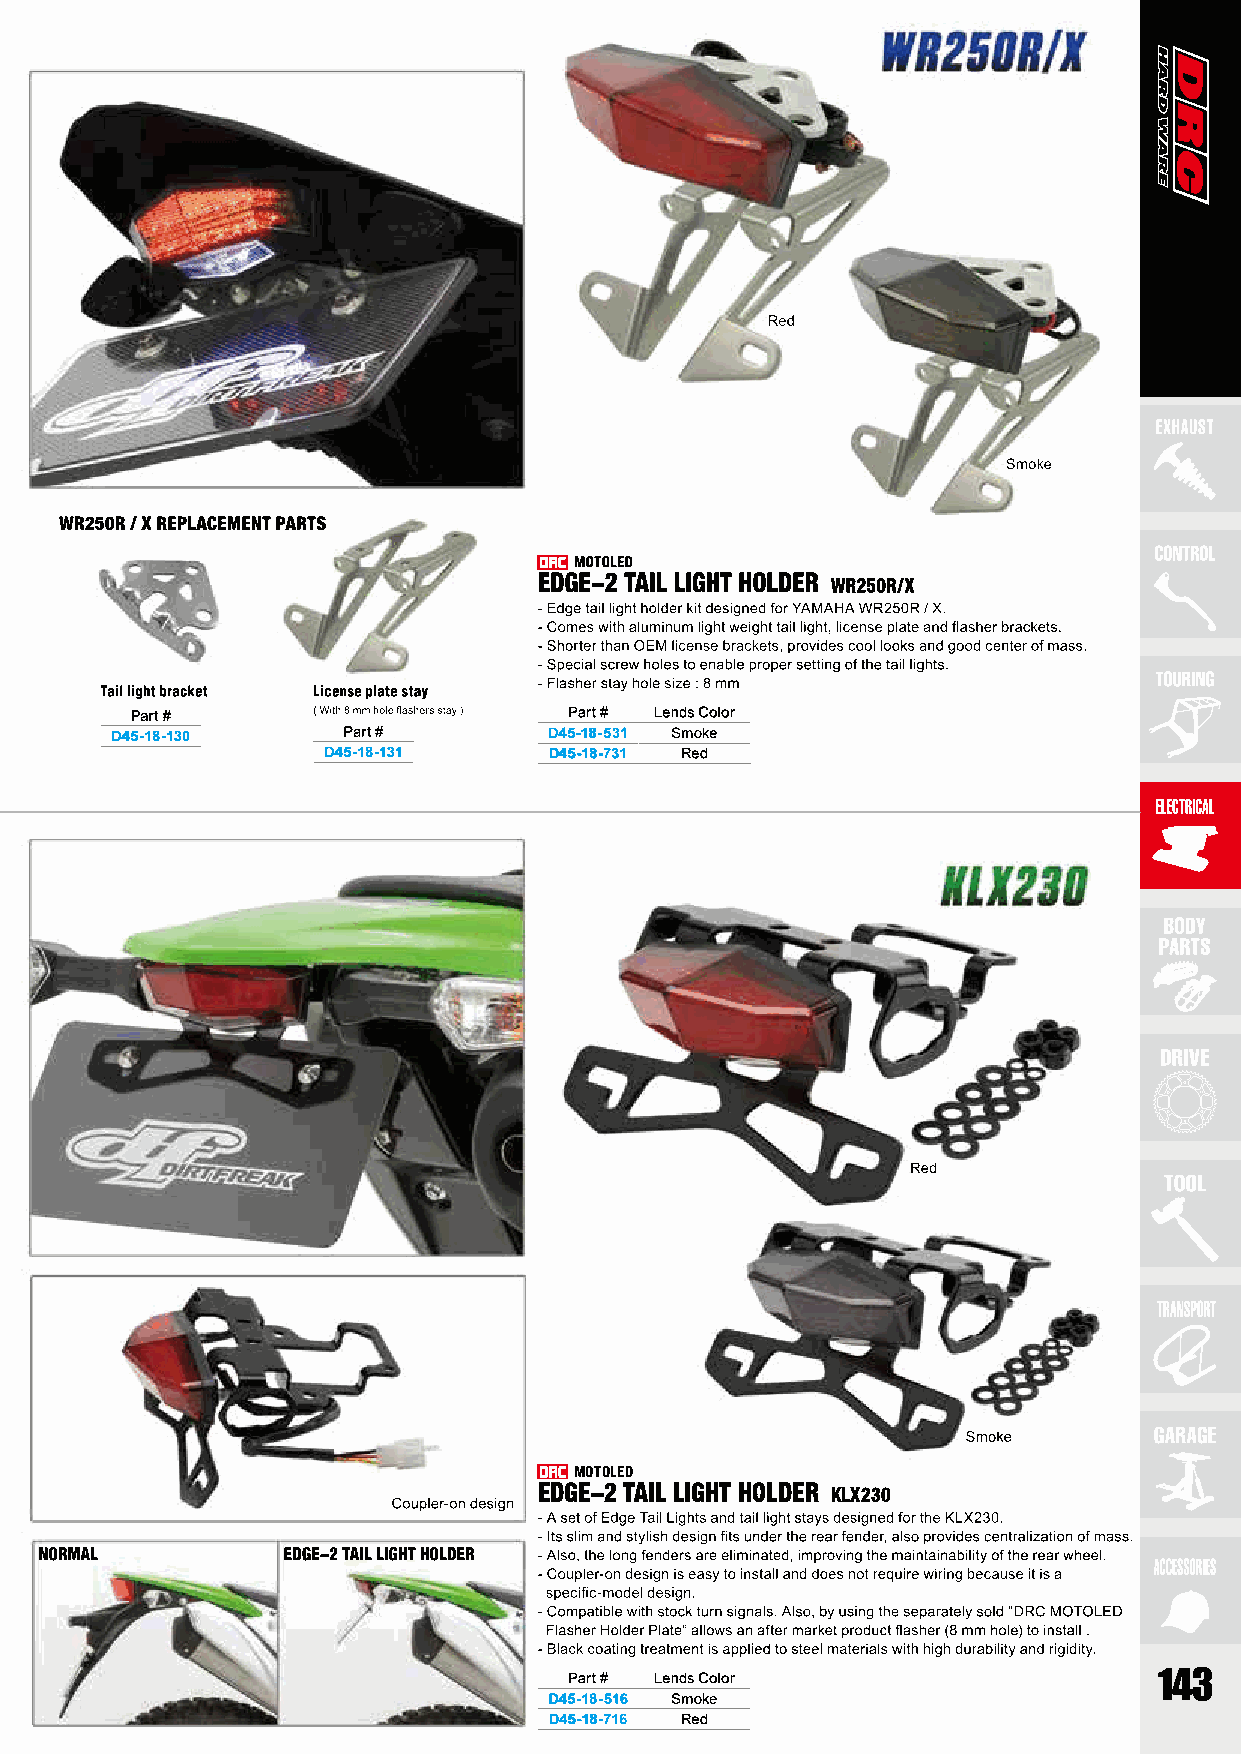
Part #                       Part # Lends Color
 D45-18-130      Part #       D45-18-531 Smoke
 D45-18-131     D45-18-731 Red
 MOTOLED
 EDGE-2 TAIL LIGHT HOLDER KLX230
 Part # Lends Color
 D45-18-516 Smoke
 D45-18-716 Red